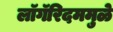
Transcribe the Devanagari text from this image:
लॉगॅरिदममुळे